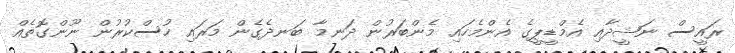
ރައީސް ނަޝީދާއި އެމްޑީޕީގެ އެންމެހައި މެންބަރުން ދަނމާ ބަނދެގެން މަރައި ހުސްކުރުން ނޫންގޮތެއް